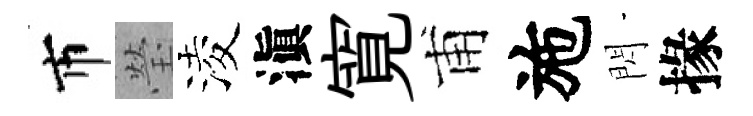
市瑩淩滇寛甫施閃掾